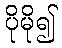
ပိုမို၍